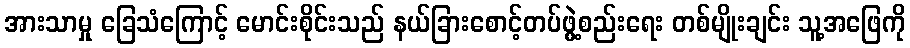
အားသာမှု ခြေသံကြောင့် မောင်းစိုင်းသည် နယ်ခြားစောင့်တပ်ဖွဲ့စည်းရေး တစ်မျိုးချင်း သူ့အဖြေကို